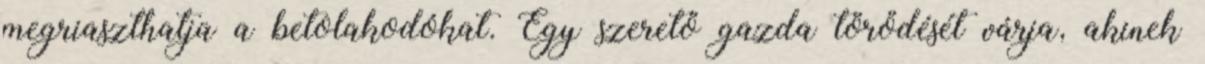
megriaszthatja a betolakodókat. Egy szerető gazda törődését várja, akinek